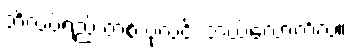
ဘိလပ်ရည် တစ် ပုလင်း ဘယ်လောက်လဲ။